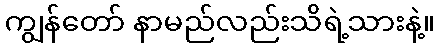
ကျွန်တော် နာမည်လည်းသိရဲ့သားနဲ့။